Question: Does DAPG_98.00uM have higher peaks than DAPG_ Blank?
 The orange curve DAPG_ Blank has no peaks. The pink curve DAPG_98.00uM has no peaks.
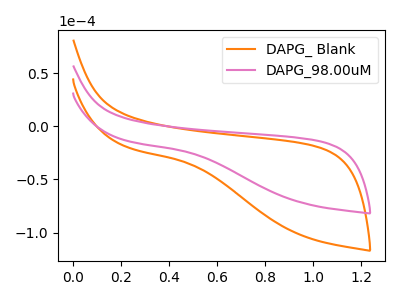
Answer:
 <answer>Niether CV has any peaks.</answer>
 <eval>blanks</eval>